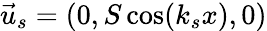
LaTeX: \vec{u}_{s}=(0,S\cos(k_{s}x),0)